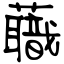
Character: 蘵